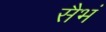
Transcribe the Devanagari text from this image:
सैभं